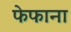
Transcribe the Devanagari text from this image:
फेफाना